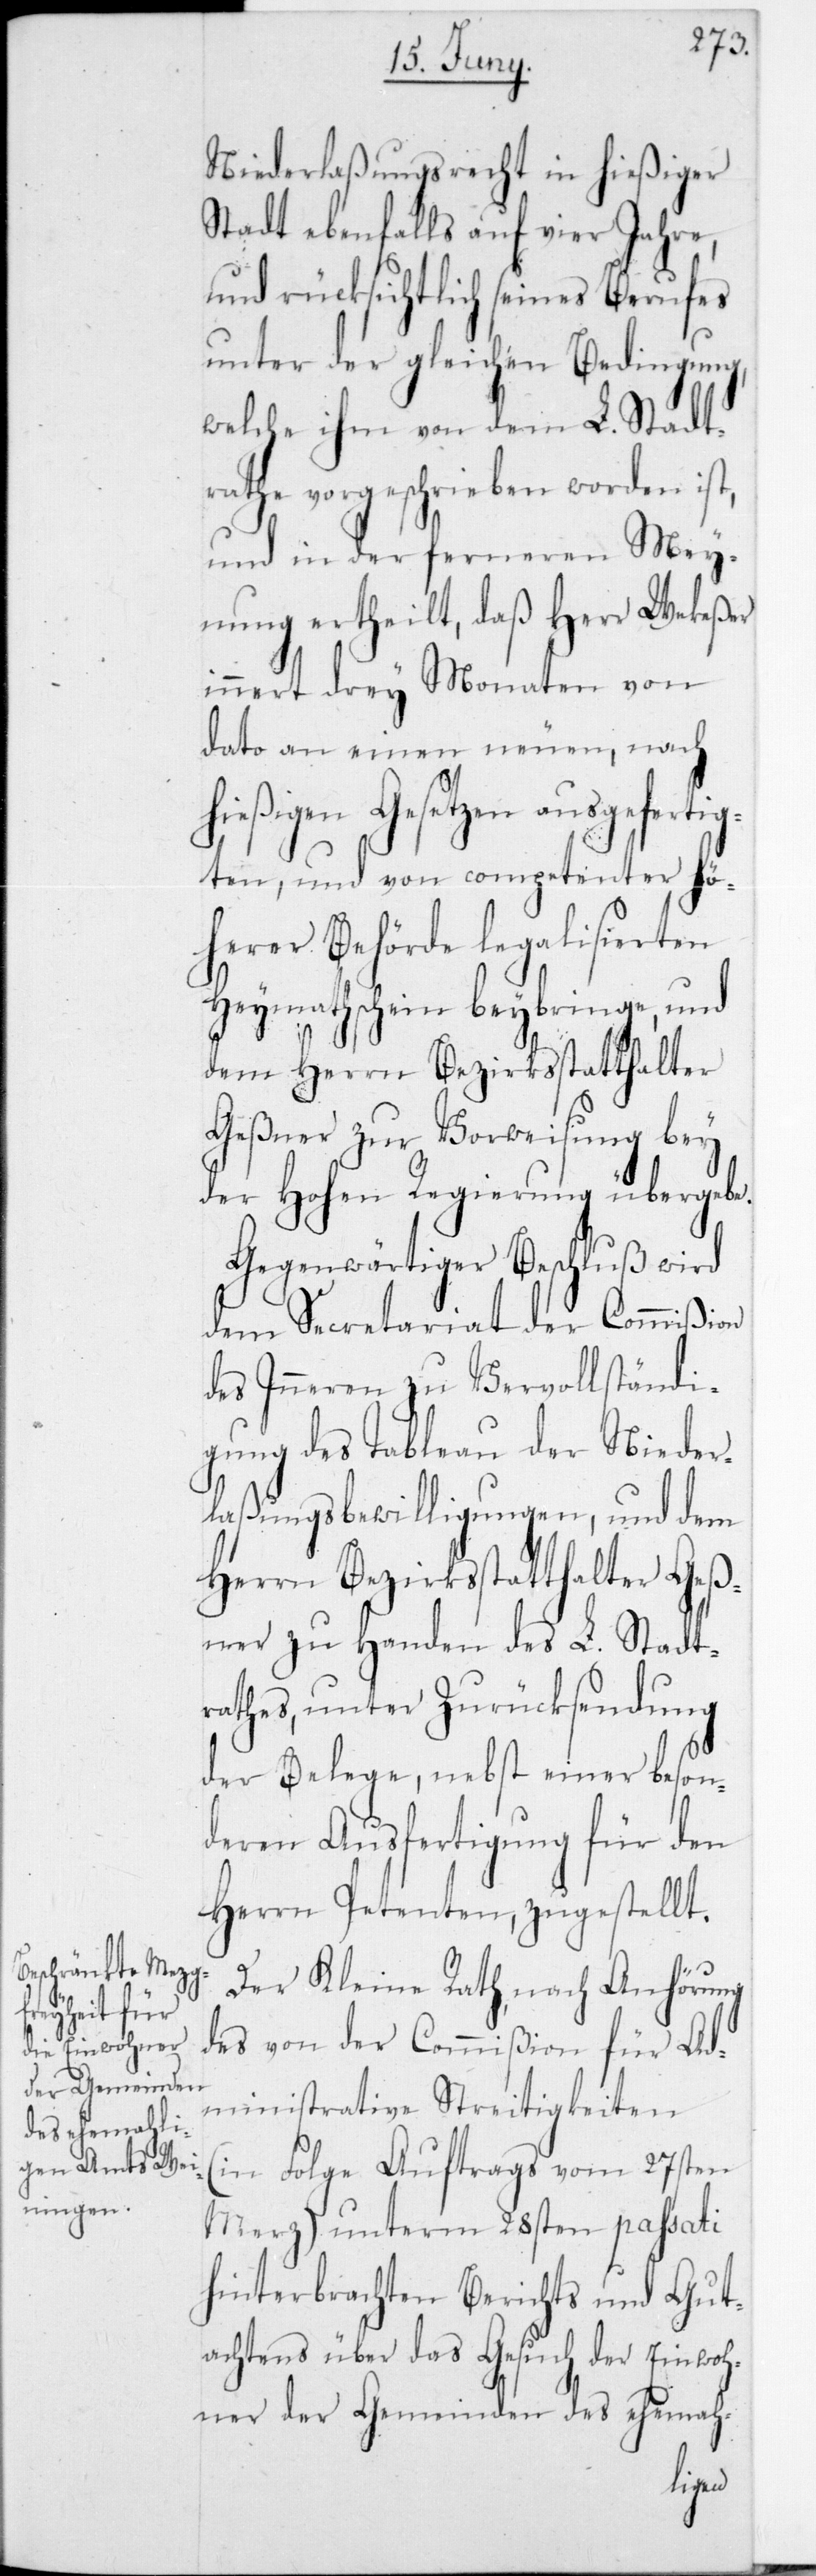
Niederlaßungsrecht in hießiger
Stadt ebenfalls auf vier Jahre,
und rücksichtlich seines Berufes
unter der gleichen Bedingung,
welche ihm von dem L. Stadt¬
rathe vorgeschrieben worden ist,
und in der ferneren Mey¬
nung ertheilt, daß Herr Wekeßer
innert drey Monaten von
dato an einen neuen, nach
hießigen Gesetzen ausgefertig¬
ten, und von competenter Hö¬
herer Behörde legalisierten
Heymathschein beybringe, und
dem Herrn Bezirksstatthalter
Geßner zur Vorweisung bey
der Hohen Regierung übergebe.
Gegenwärtiger Beschluß wird
dem Secretariat der Commißion
des Inneren zu Vervollständi¬
gung des Tableau der Nieder¬
laßungsbewilligungen, und dem
Herrn Bezirksstatthalter Geß¬
ner zu Handen des L. Stadt¬
rathes, unter Zurücksendung
der Belege, nebst einer beson¬
deren Ausfertigung für den
Herrn Petenten zugestellt.
Der Kleine Rath, nach Anhörung
des von der Commißion für Ad¬
ministrative Streitigkeiten
(in Folge Auftrags vom 27sten
Merz) unterm 28sten passati
hinterbrachten Berichts und Gut¬
achtens über das Gesuch der Einwoh¬
ner der Gemeinden des ehemah-